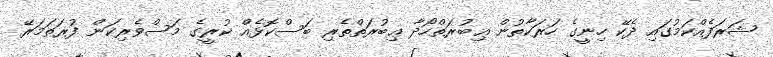
ޝަރަފެއްކަމުގައި ދެކޭ ހިނީގެ ހަރަކާތުން ޢިބުރަތްހޯދާ ޢިބުރަތްތެރި ބަސްކޮޅެއް ކުރީގެ މަސްވެރިކަން ފުރަތަމަރޭ